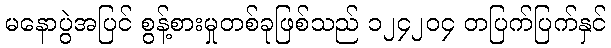
မနောပွဲအပြင် စွန့်စားမှုတစ်ခုဖြစ်သည် ၁၂၄၂၀၄ တပြက်ပြက်နှင်